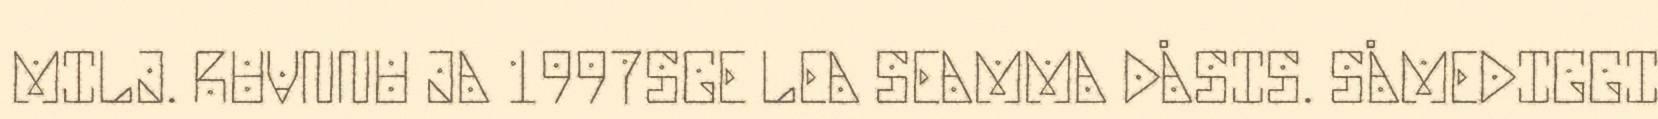
MILJ. RUVNNU JA 1997SGE LEA SEAMMA DÅSIS. SÅMEDIGGI